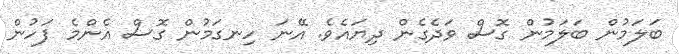
ބަލަމުން ބަލަމުން ގޮސް ވަދެގެން ދިޔައެވެ. އޭނަ ހިނގަމުން ގޮސް އެންމެ ފަހުން